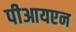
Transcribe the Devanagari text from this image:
पीआयएन